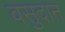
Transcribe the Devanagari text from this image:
वसुदान